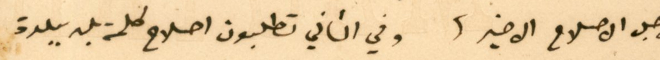
لاجل الاصلاح الاخير، وفي الثاني تطلبون اصلاح كلمة بلد ببلدة